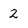
Character: 2